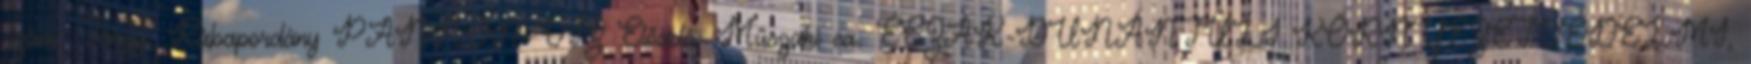
szám: Tárgy: Rábapordány PANNON-VÍZ Előadó: Műszaki ea. ÉSZAK-DUNÁNTÚLI KÖRNYEZETVÉDELMI,